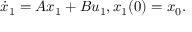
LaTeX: { \dot { x } } _ { 1 } = A x _ { 1 } + B u _ { 1 } , x _ { 1 } ( 0 ) = x _ { 0 } .